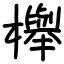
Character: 櫸